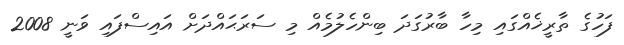
ފަހުގެ ތާރީޚެއްގައި މިހާ ބާރުގަދަ ބިންހެލުމެއް މި ސަރަޙައްދަށް އައިސްފައި ވަނީ 2008